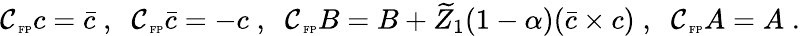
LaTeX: \mathcal{C}_{\mathrm{\tiny~FP}}c=\bar{c}\; ,\; \; \mathcal{C}_{\mathrm{\tiny~FP}}\bar{c}=-c\; ,\; \; \mathcal{C}_{\mathrm{\tiny~FP}}B=B+\widetilde Z_{1}(1-\alpha)(\bar{c}\times c)\; ,\; \; \mathcal{C}_{\mathrm{\tiny~FP}}A=A\; .